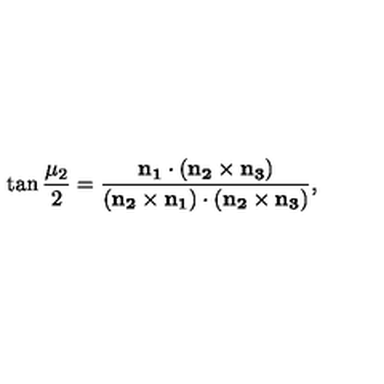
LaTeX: \tan { \frac { \mu _ { 2 } } 2 } = \frac { \bf { n } _ { 1 } \cdot ( \bf { n } _ { 2 } \times \bf { n } _ { 3 } ) } { ( \bf { n } _ { 2 } \times \bf { n } _ { 1 } ) \cdot ( \bf { n } _ { 2 } \times \bf { n } _ { 3 } ) } ,